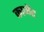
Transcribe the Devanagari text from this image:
कामेंट